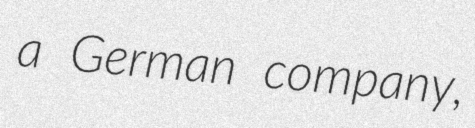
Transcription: a German company,